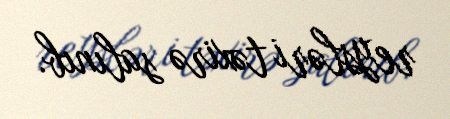
reysləri təxirə salınıb.